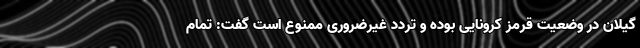
گیلان در وضعیت قرمز کرونایی بوده و تردد غیرضروری ممنوع است گفت: تمام